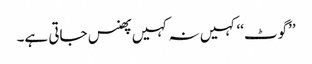
’’گوٹ‘‘ کہیں نہ کہیں پھنس جاتی ہے۔